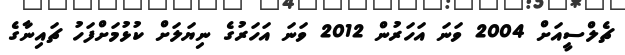
ޗެލްސީއަށް 2004 ވަނަ އަހަރުން 2012 ވަނަ އަހަރުގެ ނިޔަލަށް ކުޅުމަށްފަހު ޗައިނާގެ